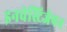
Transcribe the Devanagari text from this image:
इनवेस्टिजेषन